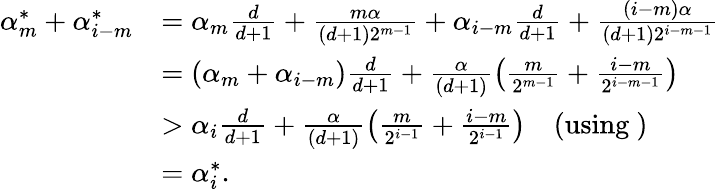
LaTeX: \begin{array}{rl}{\alpha_{m}^{*}+\alpha_{i-m}^{*}}&{=\alpha_{m}\frac{d}{d+1}+\frac{m\alpha}{(d+1)2^{m-1}}+\alpha_{i-m}\frac{d}{d+1}+\frac{(i-m)\alpha}{(d+1)2^{i-m-1}}}\\ &{=(\alpha_{m}+\alpha_{i-m})\frac{d}{d+1}+\frac{\alpha}{(d+1)}\left(\frac{m}{2^{m-1}}+\frac{i-m}{2^{i-m-1}}\right)}\\ &{>\alpha_{i}\frac{d}{d+1}+\frac{\alpha}{(d+1)}\left(\frac{m}{2^{i-1}}+\frac{i-m}{2^{i-1}}\right)\quad\mathrm{(using~)}}\\ &{=\alpha_{i}^{*}.}\end{array}